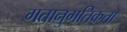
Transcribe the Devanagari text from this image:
गतानुगतिकता